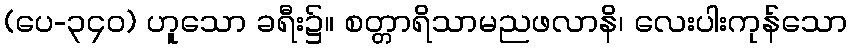
(ပေ-၃၄၀) ဟူသော ခရီး၌။ စတ္တာရိသာမညဖလာနိ၊ လေးပါးကုန်သော